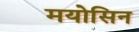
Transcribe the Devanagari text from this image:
मयोसिन